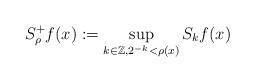
LaTeX: \begin{align*}S_{\rho}^+f(x):=\sup_{k\in\mathbb{Z}, 2^{-k}<\rho(x)}S_kf(x)\end{align*}